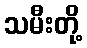
သမီးတို့